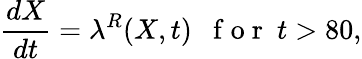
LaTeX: \frac{dX}{dt}=\lambda^{R}(X,t)\ \ \mathrm{~f~o~r~}\ t>80,